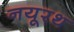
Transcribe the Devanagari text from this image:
नयूरथ